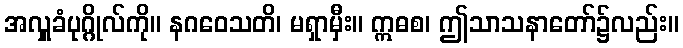
အလှူခံပုဂ္ဂိုလ်ကို။ နဂဝေသတိ၊ မရှာမှီး။ ဣဓစ၊ ဤသာသနာတော်၌လည်း။